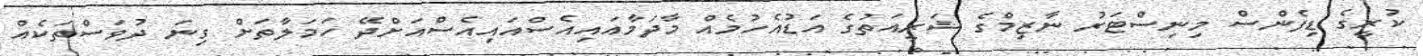
ކުރީގެ ޑިފެންސް މިނިސްޓަރު ނާޒިމްގެ ޝަރީއަތުގެ އަޑުއެހުމެއް މާދަމާއައިއެސްއައިއެސްއަށްދޭ ހަމަލާތަށް ގިނަ ދުވަސްތަކެއް